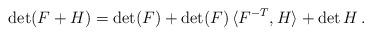
LaTeX: \begin{align*}\det(F+H)=\det (F) + \det (F)\,\langle F^{-T}, H\rangle +\det H\,.\end{align*}